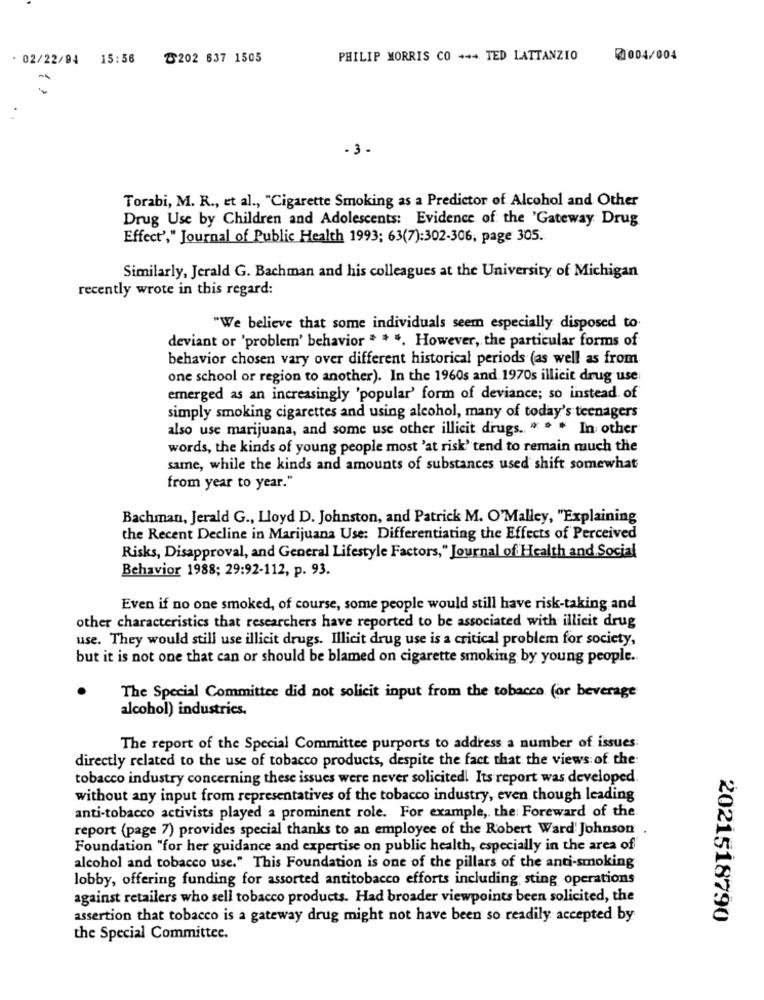
. 02/22/94 15:56
৳202 637 1505
PHILIP MORRIS CO +++ TED LATTANZIO
0004/004
- 3.
Torabi, M. R ., et al ., "Cigarette Smoking as a Predictor of Alcohol and Other
Drug Use by Children and Adolescents: Evidence of the 'Gateway Drug
Effect'," Journal of Public Health 1993; 63(7):302-306, page 305.
Similarly, Jerald G. Bachman and his colleagues at the University of Michigan
recently wrote in this regard:
"We believe that some individuals seem especially disposed to
deviant or 'problem' behavior * * *. However, the particular forms of
behavior chosen vary over different historical periods (as well as from
one school or region to another). In the 1960s and 1970s illicit drug use
emerged as an increasingly 'popular' form of deviance; so instead of
simply smoking cigarettes and using alcohol, many of today's teenagers
also use marijuana, and some use other illicit drugs. * * * In other
words, the kinds of young people most 'at risk' tend to remain much the
same, while the kinds and amounts of substances used shift somewhat
from year to year."
Bachman, Jerald G ., Lloyd D. Johnston, and Patrick M. O'Malley, "Explaining
the Recent Decline in Marijuana Use: Differentiating the Effects of Perceived
Risks, Disapproval, and General Lifestyle Factors," Journal of Health and Social
Behavior 1988; 29:92-112, p. 93.
Even if no one smoked, of course, some people would still have risk-taking and
other characteristics that researchers have reported to be associated with illicit drug
use. They would still use illicit drugs. Illicit drug use is a critical problem for society,
but it is not one that can or should be blamed on cigarette smoking by young people ..
The Special Committee did not solicit input from the tobacco (or beverage
alcohol) industries.
The report of the Special Committee purports to address a number of issues:
directly related to the use of tobacco products, despite the fact that the views of the:
tobacco industry concerning these issues were never solicited! Its report was developed.
without any input from representatives of the tobacco industry, even though leading
anti-tobacco activists played a prominent role. For example, the Foreward of the
report (page 7) provides special thanks to an employee of the Robert Ward'Johnson
Foundation "for her guidance and expertise on public health, especially in the area of"
alcohol and tobacco use." This Foundation is one of the pillars of the anti-smoking
lobby, offering funding for assorted antitobacco efforts including sting operations
against retailers who sell tobacco products. Had broader viewpoints been solicited, the
assertion that tobacco is a gateway drug might not have been so readily accepted by
2021518790
the Special Committee.